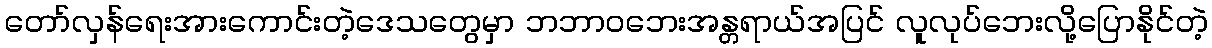
တော်လှန်ရေးအားကောင်းတဲ့ဒေသတွေမှာ ဘဘာဝဘေးအန္တရာယ်အပြင် လူလုပ်ဘေးလို့ပြောနိုင်တဲ့